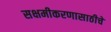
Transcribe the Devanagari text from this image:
सक्षमीकरणासाठीचे